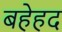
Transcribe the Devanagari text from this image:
बहेहद